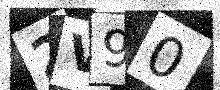
Text: 2V90